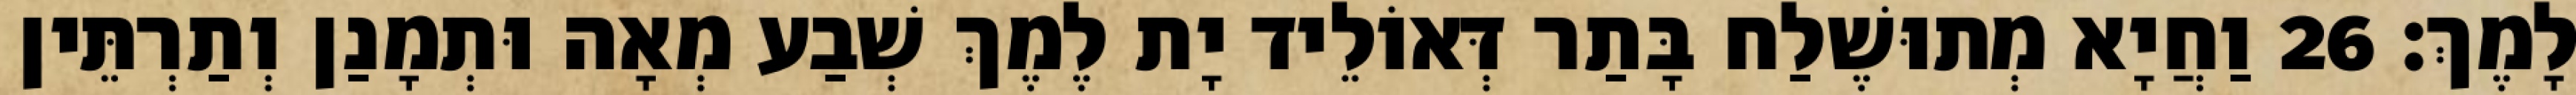
לָמֶךְ׃ 26 וַחֲיָא מְתוּשֶׁלַח בָּתַר דְּאוֹלֵיד יָת לֶמֶךְ שְׁבַע מְאָה וּתְמָנַן וְתַרְתֵּין